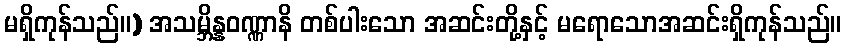
မရှိကုန်သည်။) အသမ္ဘိန္နဝဏ္ဏာနိ တစ်ပါးသော အဆင်းတို့နှင့် မရောသောအဆင်းရှိကုန်သည်။